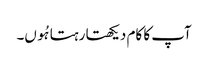
آپ کا کام دیکھتا رہتا ہُوں۔